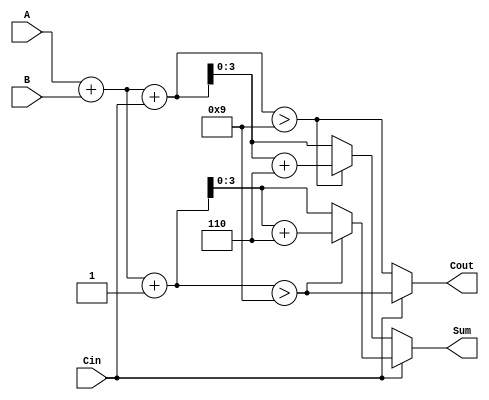
module BCD_MCSA (
    input [3:0] A,    // BCD Input A
    input [3:0] B,    // BCD Input B
    input Cin,        // Carry-in
    output [3:0] Sum, // BCD Output Sum
    output Cout       // Carry-out
);

wire [4:0] Sum0, Sum1;     // Intermediate sums (5 bits to account for carry)
wire Cout0, Cout1;         // Carry-out signals for Sum0 and Sum1
wire [4:0] BCD_Corrected_Sum0, BCD_Corrected_Sum1; // BCD Corrected Sums

// Step 1: Initial Addition
assign Sum0 = A + B + Cin;          // Sum when carry is 0
assign Sum1 = A + B + 1'b1;         // Sum when carry is 1

// Step 2: Generate Carry-outs
assign Cout0 = Sum0 > 4'd9;
assign Cout1 = Sum1 > 4'd9;

// Step 3: BCD Correction
assign BCD_Corrected_Sum0 = (Cout0 | (Sum0 > 4'd9)) ? (Sum0 + 5'd6) : Sum0;
assign BCD_Corrected_Sum1 = (Cout1 | (Sum1 > 4'd9)) ? (Sum1 + 5'd6) : Sum1;

// Step 4: Multiplexer Selection
assign Sum = (Cin ? BCD_Corrected_Sum1[3:0] : BCD_Corrected_Sum0[3:0]);
assign Cout = (Cin ? Cout1 : Cout0);

endmodule